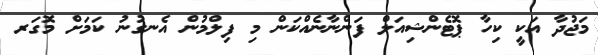
މަޖުދާ އަކީ ކިހާ ޕޮޓެންޝިއަލް ފަންނާނެއްކަން މި ފިލްމުން އެނގުނު ކަމަށް މޮގަރ